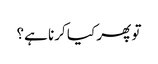
تو پھر کیا کرنا ہے؟